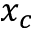
x _ { c }